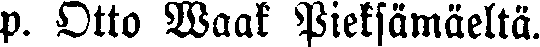
p. Otto Waat Pieksämäeltä.